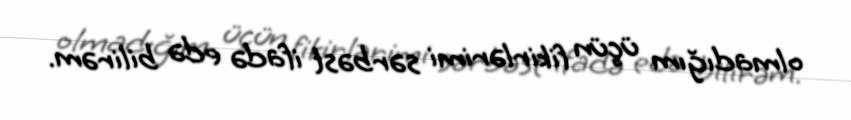
olmadığım üçün fikirlərimi sərbəst ifadə edə bilirəm.